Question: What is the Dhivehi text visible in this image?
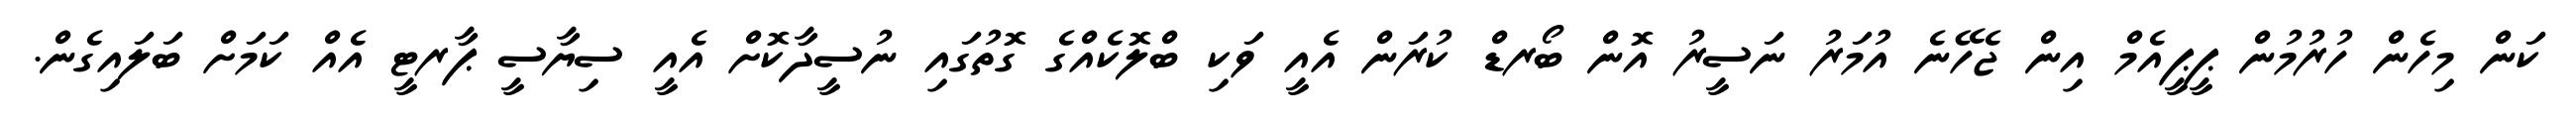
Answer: ކަން މިހެން ހުރުމުން ޕީޕީއެމް އިން ޖެހޭނެ އުމަރު ނަސީރު އޮން ބޯރޑް ކުރަން އެއީ ވަކި ބްލޮކެއްގެ ގޮތުގައި ނުސީދާކޮށް އެއީ ސިޔާސީ ޕާރޓީ އެއް ކަމަށް ބަލައިގެން.